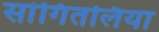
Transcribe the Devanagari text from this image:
सांगितलिया